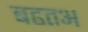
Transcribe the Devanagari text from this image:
बढतअ